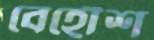
বেহোঁশ